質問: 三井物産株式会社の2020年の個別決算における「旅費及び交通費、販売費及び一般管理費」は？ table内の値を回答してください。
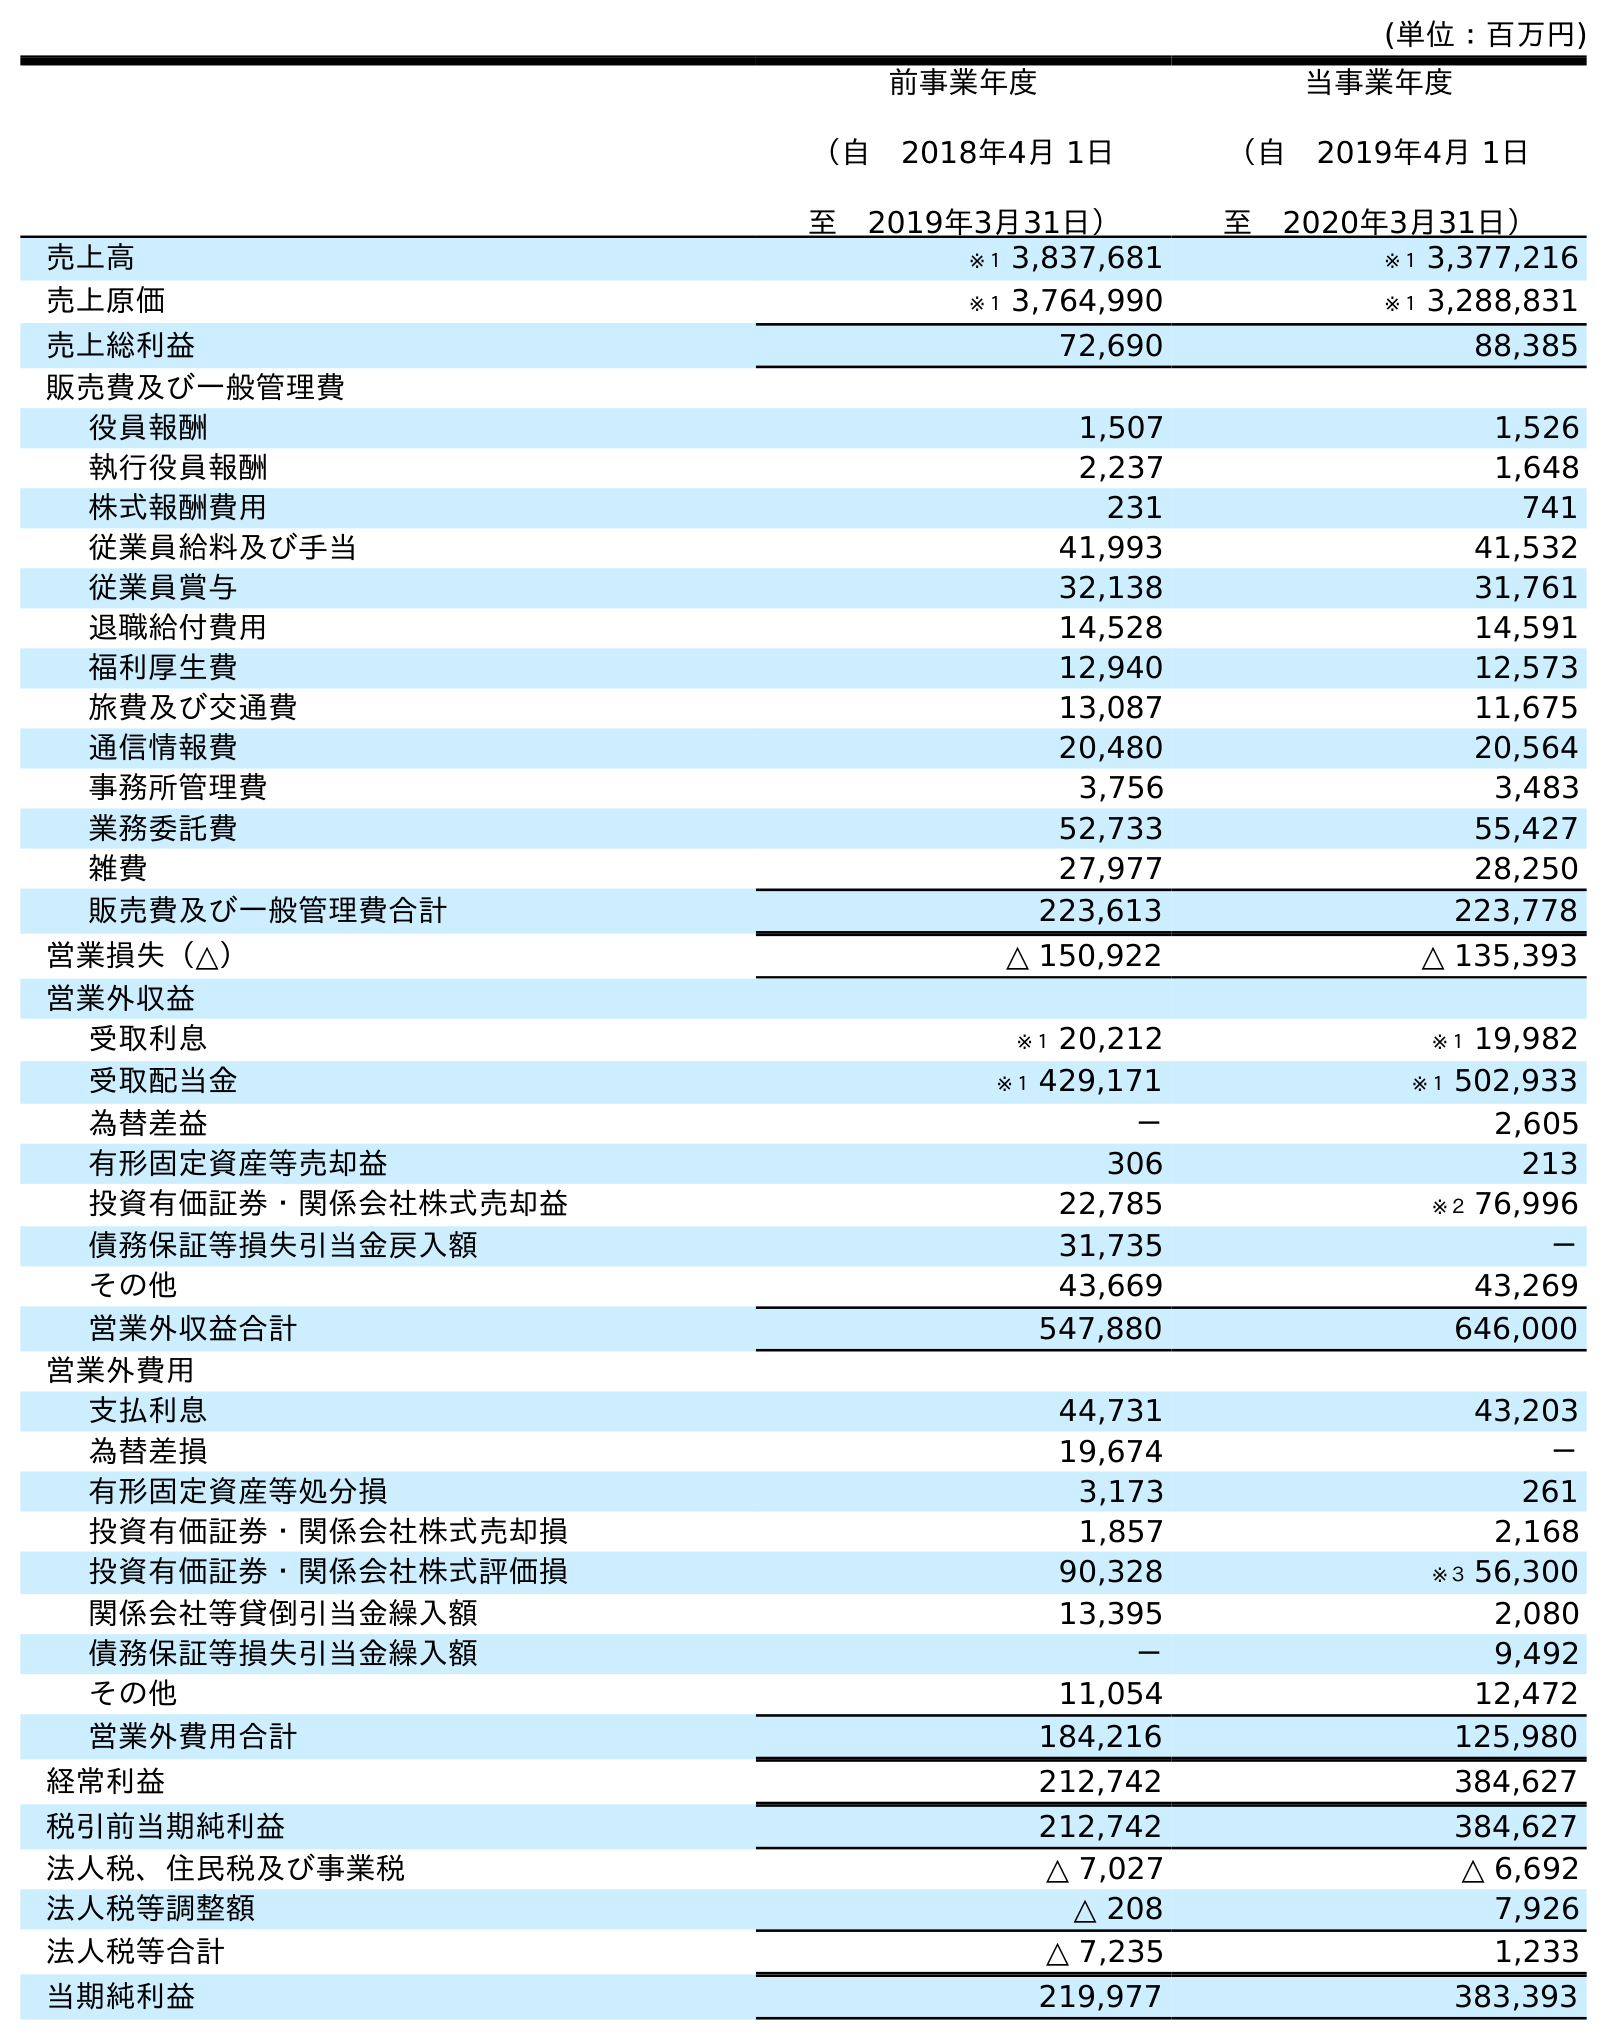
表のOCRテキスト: (単位：百万円) 前事業年度 （自 2018年4月 1日 至 2019年3月31日） 当事業年度 （自 2019年4月 1日 至 2020年3月31日） 売上高 ※１ 3,837,681 ※１ 3,377,216 売上原価 ※１ 3,764,990 ※１ 3,288,831 売上総利益 72,690 88,385 販売費及び一般管理費 役員報酬 1,507 1,526 執行役員報酬 2,237 1,648 株式報酬費用 231 741 従業員給料及び手当 41,993 41,532 従業員賞与 32,138 31,761 退職給付費用 14,528 14,591 福利厚生費 12,940 12,573 旅費及び交通費 13,087 11,675 通信情報費 20,480 20,564 事務所管理費 3,756 3,483 業務委託費 52,733 55,427 雑費 27,977 28,250 販売費及び一般管理費合計 223,613 223,778 営業損失（△） △ 150,922 △ 135,393 営業外収益 受取利息 ※１ 20,212 ※１ 19,982 受取配当金 ※１ 429,171 ※１ 502,933 為替差益 － 2,605 有形固定資産等売却益 306 213 投資有価証券・関係会社株式売却益 22,785 ※２ 76,996 債務保証等損失引当金戻入額 31,735 － その他 43,669 43,269 営業外収益合計 547,880 646,000 営業外費用 支払利息 44,731 43,203 為替差損 19,674 － 有形固定資産等処分損 3,173 261 投資有価証券・関係会社株式売却損 1,857 2,168 投資有価証券・関係会社株式評価損 90,328 ※３ 56,300 関係会社等貸倒引当金繰入額 13,395 2,080 債務保証等損失引当金繰入額 － 9,492 その他 11,054 12,472 営業外費用合計 184,216 125,980 経常利益 212,742 384,627 税引前当期純利益 212,742 384,627 法人税、住民税及び事業税 △ 7,027 △ 6,692 法人税等調整額 △ 208 7,926 法人税等合計 △ 7,235 1,233 当期純利益 219,977 383,393
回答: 11,675